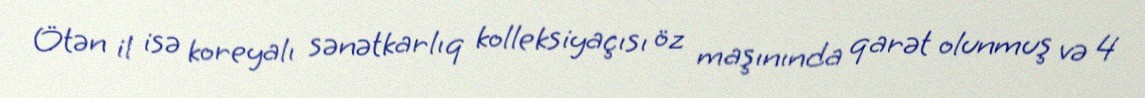
Ötən il isə koreyalı sənətkarlıq kolleksiyaçısı öz maşınında qarət olunmuş və 4